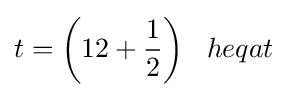
t={\bigg (}12+{\frac {1}{2}}{\bigg )}\;\;\;heqat